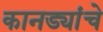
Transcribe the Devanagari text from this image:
कानड्यांचे